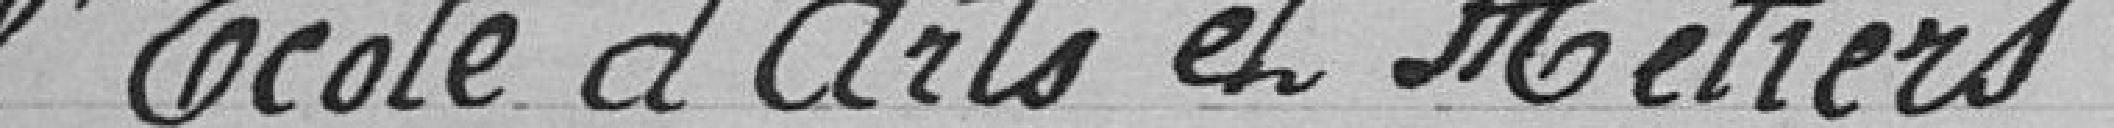
l'Ecole d'Arts et Métiers